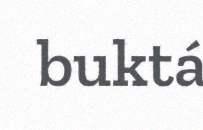
buktá